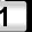
Digit: 1